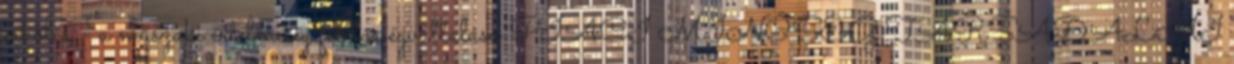
erkölcs - a műszaki értelmiség felelősségvállalása PIACI MINŐSÉG TÁRSADALMI